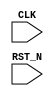
//
// Generated by Bluespec Compiler, version 2021.07-10-gb37e90ec (build b37e90ec)
//
// On Thu Nov 11 14:48:17 CST 2021
//
//
// Ports:
// Name                         I/O  size props
// CLK                            I     1 clock
// RST_N                          I     1 reset
//
// No combinational paths from inputs to outputs
//
//

`ifdef BSV_ASSIGNMENT_DELAY
`else
  `define BSV_ASSIGNMENT_DELAY
`endif

`ifdef BSV_POSITIVE_RESET
  `define BSV_RESET_VALUE 1'b1
  `define BSV_RESET_EDGE posedge
`else
  `define BSV_RESET_VALUE 1'b0
  `define BSV_RESET_EDGE negedge
`endif

module compositionTb(CLK,
		     RST_N);
  input  CLK;
  input  RST_N;

  // register x1
  reg [31 : 0] x1;
  wire [31 : 0] x1$D_IN;
  wire x1$EN;

  // register x2
  reg [31 : 0] x2;
  wire [31 : 0] x2$D_IN;
  wire x2$EN;

  // register y1
  reg [31 : 0] y1;
  wire [31 : 0] y1$D_IN;
  wire y1$EN;

  // register y2
  reg [31 : 0] y2;
  wire [31 : 0] y2$D_IN;
  wire y2$EN;

  // register x1
  assign x1$D_IN = y1 + 32'd1 ;
  assign x1$EN = 1'd1 ;

  // register x2
  assign x2$D_IN = y2 + 32'd1 ;
  assign x2$EN = 1'd1 ;

  // register y1
  assign y1$D_IN = x1 + 32'd1 ;
  assign y1$EN = 1'd1 ;

  // register y2
  assign y2$D_IN = x2 + 32'd1 ;
  assign y2$EN = 1'b0 ;

  // handling of inlined registers

  always@(posedge CLK)
  begin
    if (RST_N == `BSV_RESET_VALUE)
      begin
        x1 <= `BSV_ASSIGNMENT_DELAY 32'd10;
	x2 <= `BSV_ASSIGNMENT_DELAY 32'd10;
	y1 <= `BSV_ASSIGNMENT_DELAY 32'd100;
	y2 <= `BSV_ASSIGNMENT_DELAY 32'd100;
      end
    else
      begin
        if (x1$EN) x1 <= `BSV_ASSIGNMENT_DELAY x1$D_IN;
	if (x2$EN) x2 <= `BSV_ASSIGNMENT_DELAY x2$D_IN;
	if (y1$EN) y1 <= `BSV_ASSIGNMENT_DELAY y1$D_IN;
	if (y2$EN) y2 <= `BSV_ASSIGNMENT_DELAY y2$D_IN;
      end
  end

  // synopsys translate_off
  `ifdef BSV_NO_INITIAL_BLOCKS
  `else // not BSV_NO_INITIAL_BLOCKS
  initial
  begin
    x1 = 32'hAAAAAAAA;
    x2 = 32'hAAAAAAAA;
    y1 = 32'hAAAAAAAA;
    y2 = 32'hAAAAAAAA;
  end
  `endif // BSV_NO_INITIAL_BLOCKS
  // synopsys translate_on

  // handling of system tasks

  // synopsys translate_off
  always@(negedge CLK)
  begin
    #0;
    if (RST_N != `BSV_RESET_VALUE)
      $display("x1,y1 = %0d,%0d; x2,y2 = %0d,%0d;",
	       $signed(x1),
	       $signed(y1),
	       $signed(x2),
	       $signed(y2));
    if (RST_N != `BSV_RESET_VALUE)
      if ((x1 ^ 32'h80000000) >= 32'h80000069) $finish(32'd1);
    if (RST_N != `BSV_RESET_VALUE) $display("r1");
    if (RST_N != `BSV_RESET_VALUE) $display("r2a");
  end
  // synopsys translate_on
endmodule  // compositionTb